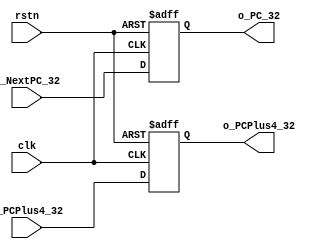
module IFtoDE_REG(
		input clk,
		input rstn,
		input [31:0] i_NextPC_32,
		output[31:0] o_PC_32,

		input [31:0] i_PCPlus4_32,
		output[31:0] o_PCPlus4_32
);

reg [31:0] PC;
reg [31:0] PCPlus4;

always @(posedge clk or negedge rstn) begin
	if (!rstn) begin
		PC			<= 32'b0;	
		PCPlus4 <= 32'h4;
	end else begin
		PC			<= i_NextPC_32;
		PCPlus4 <= i_PCPlus4_32;
	end
end

assign o_PC_32			= PC;
assign o_PCPlus4_32 = PCPlus4;

endmodule